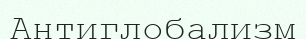
Антиглобализм